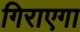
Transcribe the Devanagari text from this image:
गिराएगा